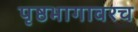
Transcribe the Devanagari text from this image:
पृष्ठभागावरच